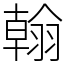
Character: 翰